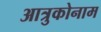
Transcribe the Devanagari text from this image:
आत्रुकोनाम